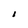
Character: I